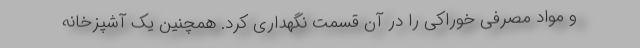
و مواد مصرفی خوراکی را در آن قسمت نگهداری کرد. همچنین یک آشپزخانه